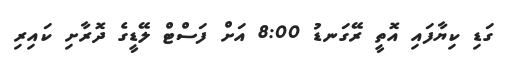
ގަޑި ކިޔާފައި އޮތީ ރޭގަނޑު 8:00 އަށް ފަސްޓް ލޭޑީގެ ދޮރާށި ކައިރި